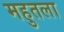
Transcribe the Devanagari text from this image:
महुतला